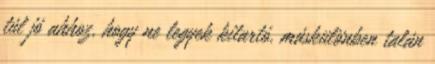
túl jó ahhoz, hogy ne legyek kitartó, máskülönben talán